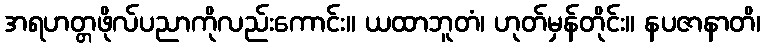
အရဟတ္တဖိုလ်ပညာကိုလည်းကောင်း။ ယထာဘူတံ၊ ဟုတ်မှန်တိုင်း။ နပဇာနာတိ၊